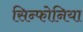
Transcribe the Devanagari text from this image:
सिन्फोनिया